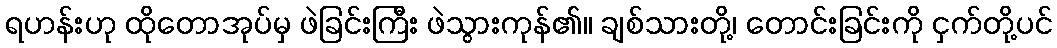
ရဟန်းဟု ထိုတောအုပ်မှ ဖဲခြင်းကြီး ဖဲသွားကုန်၏။ ချစ်သားတို့၊ တောင်းခြင်းကို ငှက်တို့ပင်